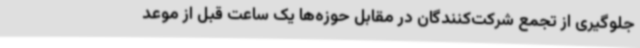
جلوگیری از تجمع شرکت‌کنندگان در مقابل حوزه‌ها یک ساعت قبل از موعد